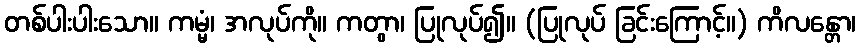
တစ်ပါးပါးသော။ ကမ္မံ၊ အလုပ်ကို။ ကတွာ၊ ပြုလုပ်၍။ (ပြုလုပ် ခြင်းကြောင့်။) ကိလန္တော၊